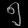
Digit: ၅